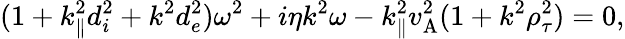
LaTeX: (1+k_{\parallel}^{2}d_{i}^{2}+k^{2}d_{e}^{2})\omega^{2}+i\eta k^{2}\omega-k_{\parallel}^{2}v_{\mathrm{A}}^{2}(1+k^{2}\rho_{\tau}^{2})=0,